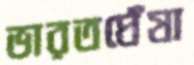
ভারতঘেঁষা